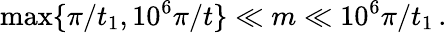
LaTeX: \operatorname*{max}\{ \pi/t_{1},10^{6}\pi/t\} \ll m\ll 10^{6}\pi/t_{1}\, .